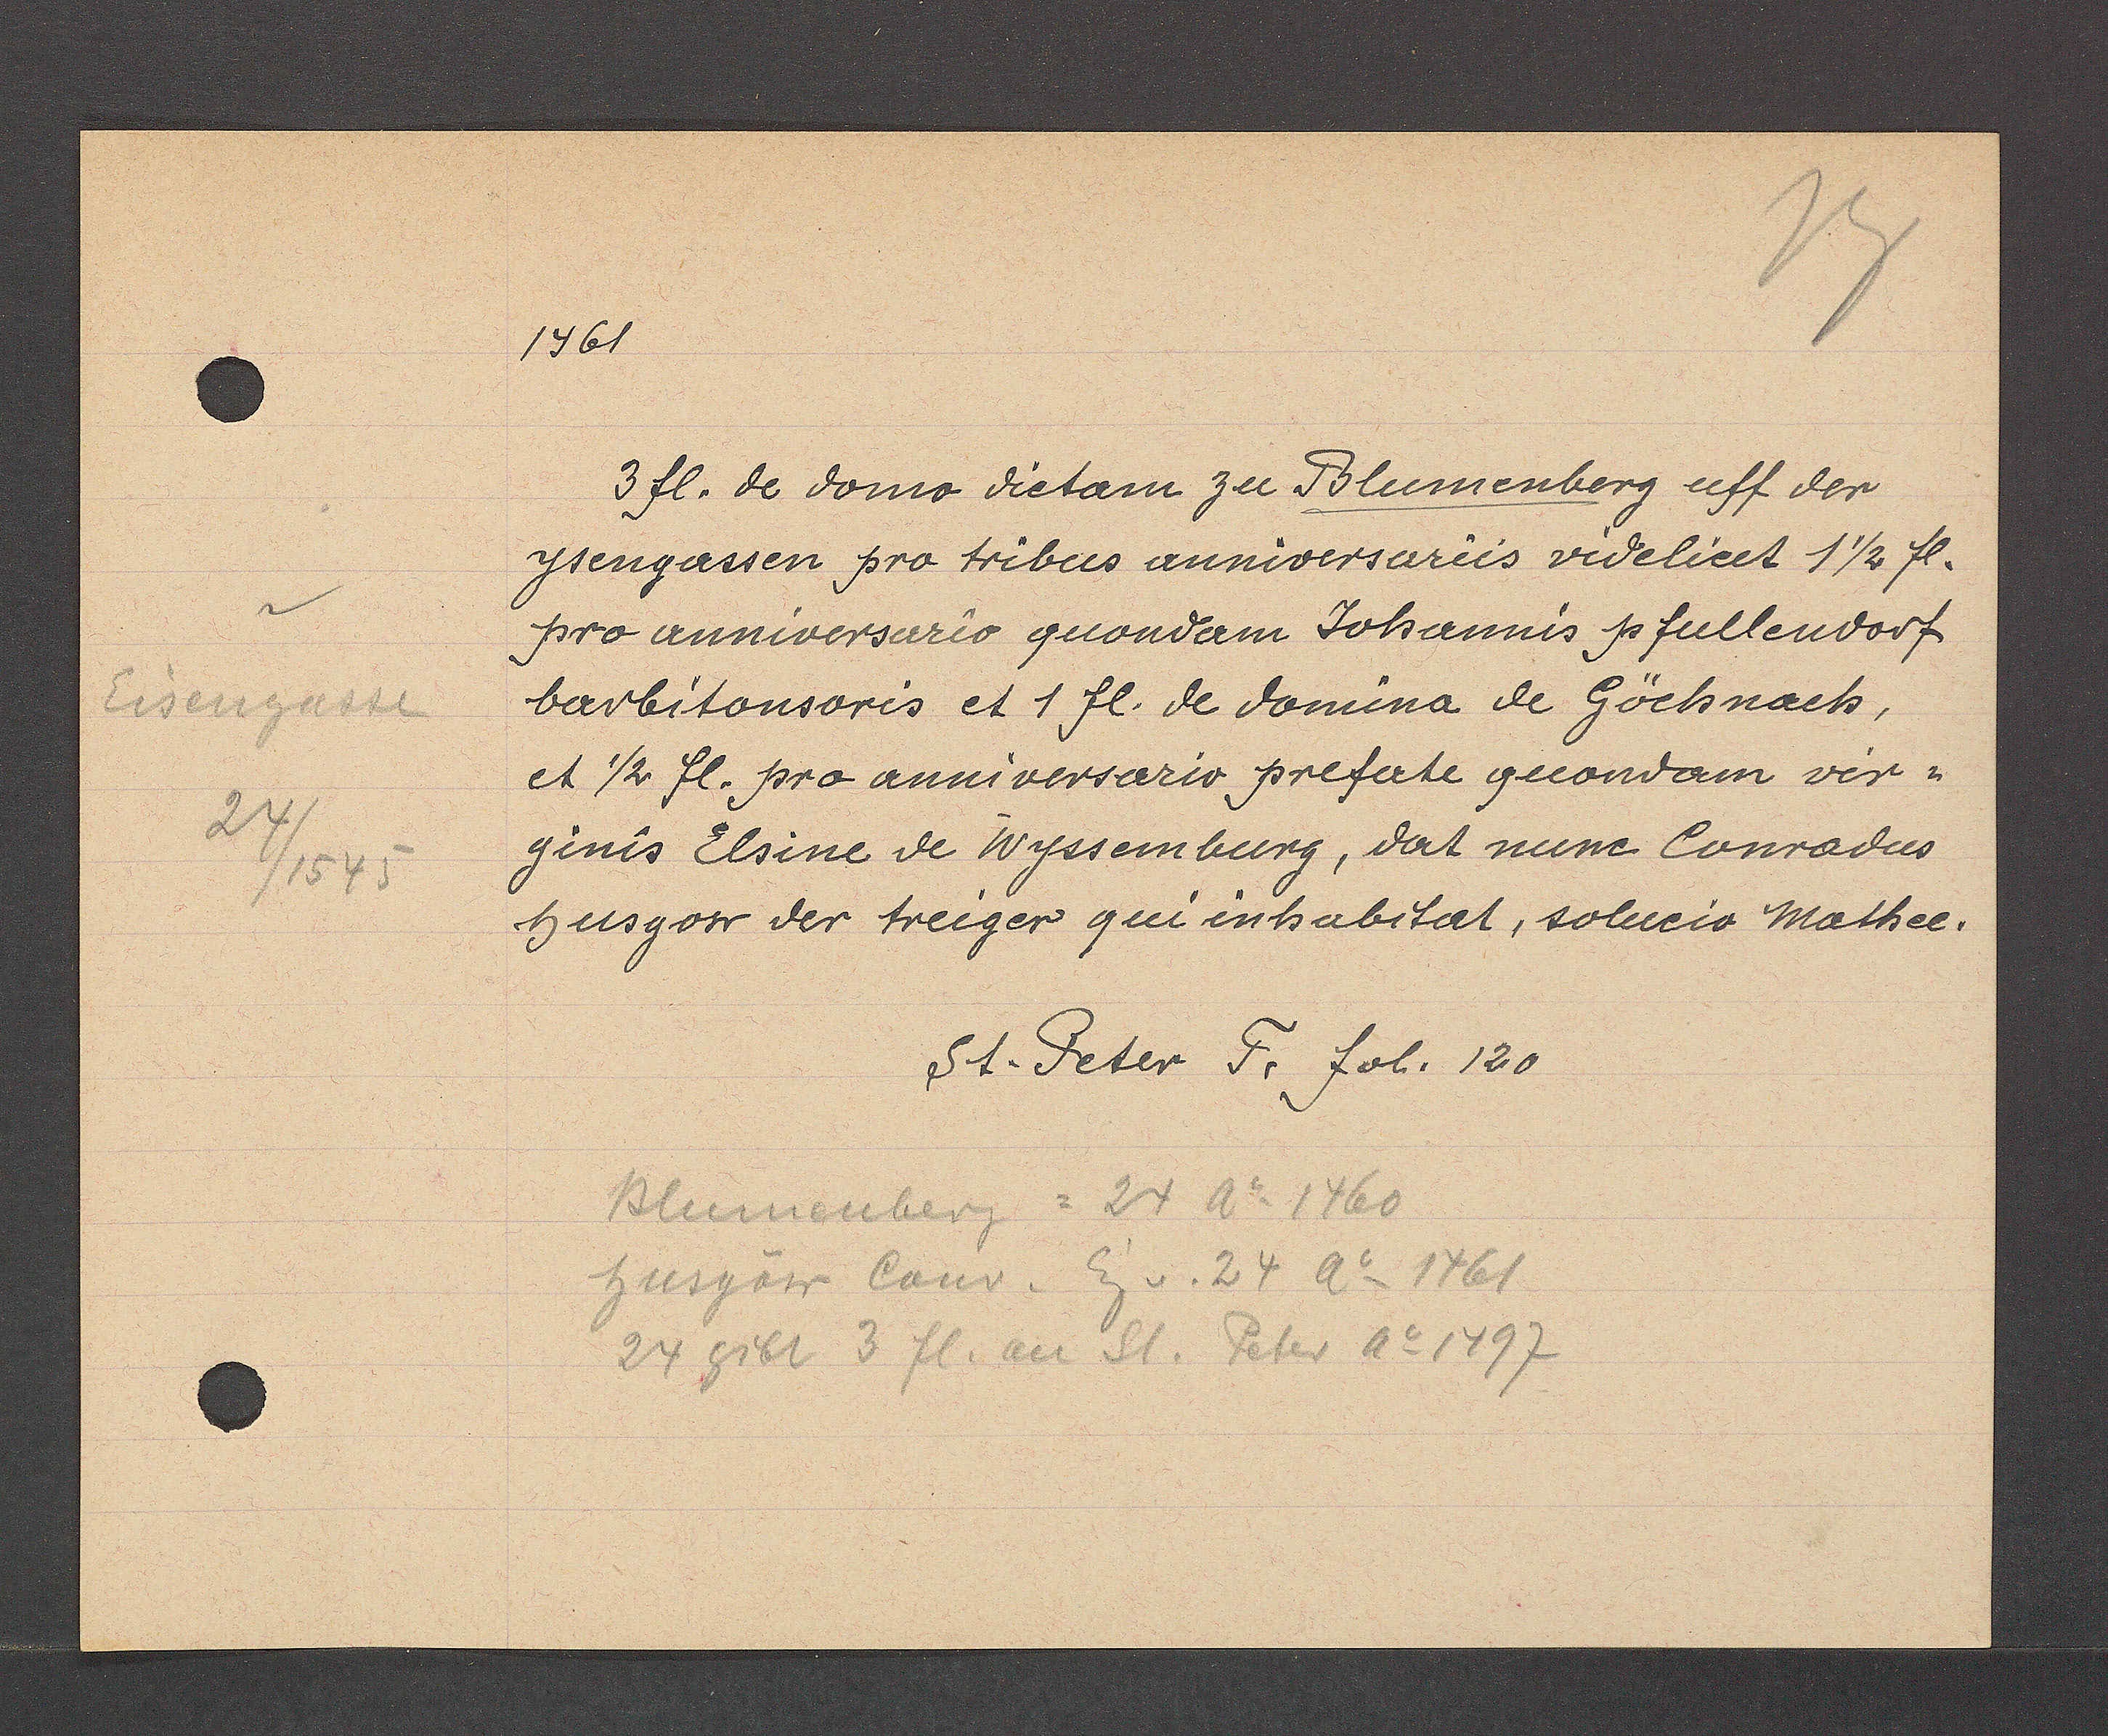
Transcript:
Eisengasse
24/1545

1461
3 fl. de domo dietam zu Blumenberg uff der
ysengassen pro tribus anniversarus vedelicet 1 ½ fl.
pro anniversario quondam Johannis p fullendorf
barbitonsoris et 1 fl. de domina de Göchnach,
et ½ fl. pro anniversario prefate quondam vir¬
ginis Elsine de Wyssemburg, dat nunc Conradus
Husgow der treiger qui inhabitat, solucio Mathee.
St. Peter F. fol. 120
Blumenberg = 24 Ao 1460
husgow Conr. Eg. v. 24 A o 1461
24 gibt 3 fl. an St. Peter Ao 1497